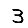
Digit: 3